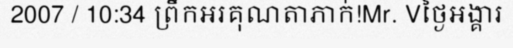
2007 / 10:34 ព្រឹកអរគុណតាភាក់!Mr. Vថ្ងៃអង្គារ